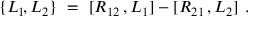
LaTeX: \{ L _ { 1 } \! , L _ { 2 } \} ~ = ~ [ R _ { 1 2 } \, , L _ { 1 } ] - [ R _ { 2 1 } \, , L _ { 2 } ] ~ .